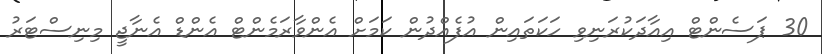
30 ޕަސެންޓް އިއާދަކުރަނިވި ހަކަތައިން އުފެއްދުން ކަމަށް އެންވާރަމެންޓް އެންޑް އެނާޖީ މިނިސްޓަރު